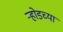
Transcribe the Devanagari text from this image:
ऱ्होडच्या